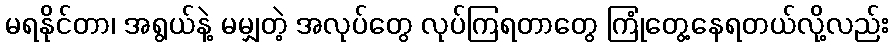
မရနိုင်တာ၊ အရွယ်နဲ့ မမျှတဲ့ အလုပ်တွေ လုပ်ကြရတာတွေ ကြုံတွေ့နေရတယ်လို့လည်း